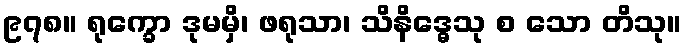
၉၇၈။ ရုက္ခော ဒုမမှိ၊ ဖရုသာ၊ သိနိဒ္ဓေသု စ သော တိသု။